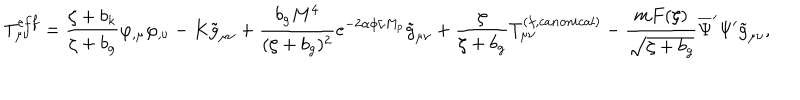
T _ { \mu \nu } ^ { e f f } = \frac { \zeta + b _ { k } } { \zeta + b _ { g } } \varphi _ { , \mu } \varphi _ { , \nu } - K \tilde { g } _ { \mu \nu } + \frac { b _ { g } M ^ { 4 } } { ( \zeta + b _ { g } ) ^ { 2 } } e ^ { - 2 \alpha \phi / M _ { p } } \tilde { g } _ { \mu \nu } + \frac { \zeta } { \zeta + b _ { g } } T _ { \mu \nu } ^ { ( f , c a n o n i c a l ) } - \frac { m F ( \zeta ) } { \sqrt { \zeta + b _ { g } } } \overline { { { \Psi } } } ^ { \prime } \Psi ^ { \prime } \tilde { g } _ { \mu \nu } ,